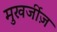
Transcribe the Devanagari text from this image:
मुखर्जीज़